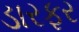
ડારફર